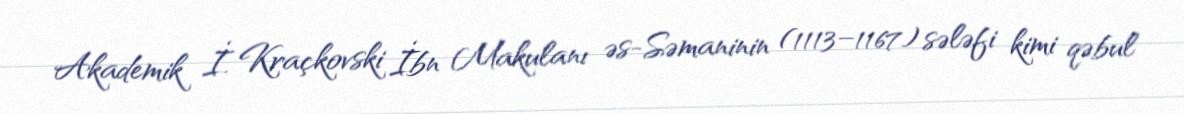
Akademik İ. Kraçkovski İbn Makulanı əs-Səmaninin (1113–1167) sələfi kimi qəbul